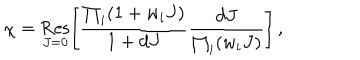
LaTeX: \chi = \mathop { \mathrm { R e s } } _ { J = 0 } \left[ \frac { \prod _ { i } ( 1 + w _ { i } J ) } { 1 + d J } \frac { d J } { \prod _ { i } ( w _ { i } J ) } \right] \, ,